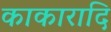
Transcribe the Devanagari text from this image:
काकारादि